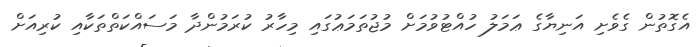
އެގޮތުން ގެވެށި އަނިޔާގެ ޢަމަލު ހުއްޓުވުމަށް މުޖުތަމަޢުގައި މިހާރު ކުރަމުންދާ މަސައްކަތްތަކާއި ކުރިއަށް